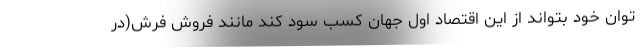
توان خود بتواند از این اقتصاد اول جهان کسب سود کند مانند فروش فرش(در